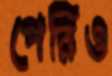
পেরিও